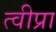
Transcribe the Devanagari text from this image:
त्वीप्रा